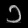
Digit: ၁